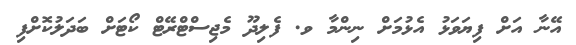
އޭނާ އަށް ފިޔަވަޅު އެޅުމަށް ނިންމާ ވ. ފެލިދޫ މެޖިސްޓްރޭޓް ކޯޓަށް ބަދަލުކޮށްފި